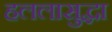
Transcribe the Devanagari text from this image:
हललासुद्धा